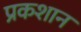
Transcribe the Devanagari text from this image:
प्रकशान